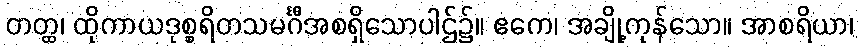
တတ္ထ၊ ထိုကာယဒုစ္စရိတသမင်္ဂီအစရှိသောပါဌ်၌။ ဧကေ၊ အချို့ကုန်သော။ အာစရိယာ၊